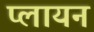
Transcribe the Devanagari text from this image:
प्लायन